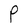
Character: P